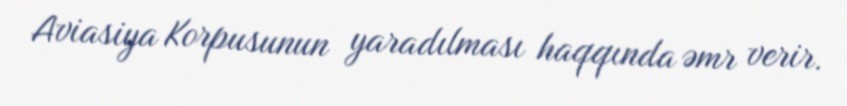
Aviasiya Korpusunun yaradılması haqqında əmr verir.